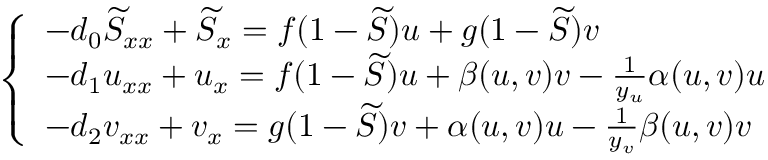
\left\{ \begin{array} { l } { - d _ { 0 } \widetilde { S } _ { x x } + \widetilde { S } _ { x } = f ( 1 - \widetilde { S } ) u + g ( 1 - \widetilde { S } ) v } \\ { - d _ { 1 } u _ { x x } + u _ { x } = f ( 1 - \widetilde { S } ) u + \beta ( u , v ) v - \frac { 1 } { y _ { u } } \alpha ( u , v ) u } \\ { - d _ { 2 } v _ { x x } + v _ { x } = g ( 1 - \widetilde { S } ) v + \alpha ( u , v ) u - \frac { 1 } { y _ { v } } \beta ( u , v ) v } \end{array} \right.